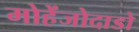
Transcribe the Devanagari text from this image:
मोहेंजोदाडो